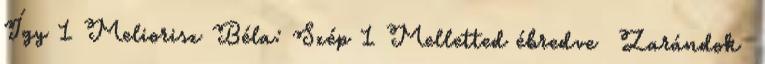
Így 1 Meliorisz Béla: Szép 1 Melletted ébredve Zarándok